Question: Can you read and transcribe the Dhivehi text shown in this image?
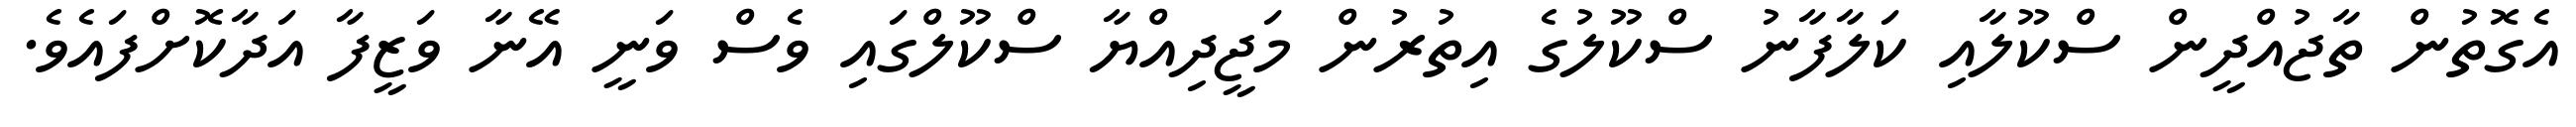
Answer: އެގޮތުން ތާޖުއްދީން ސްކޫލާއި ކަލާފާނު ސްކޫލުގެ އިތުރުން މަޖީދިއްޔާ ސްކޫލްގައި ވެސް ވަނީ އޭނާ ވަޒީފާ އަދާކޮށްފައެވެ.